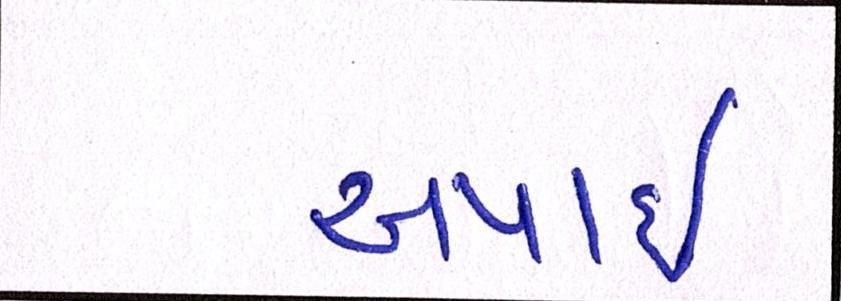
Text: અપાઇ